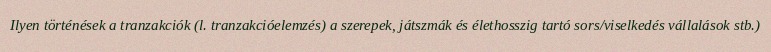
Ilyen történések a tranzakciók (l. tranzakcióelemzés) a szerepek, játszmák és élethosszig tartó sors/viselkedés vállalások stb.)